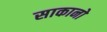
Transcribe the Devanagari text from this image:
साकानो